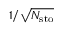
1 / \sqrt { N _ { \mathrm { s t o } } }